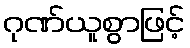
ဂုဏ်ယူစွာဖြင့်